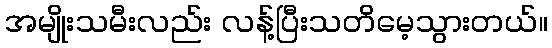
အမျိုးသမီးလည်း လန့်ပြီးသတိမေ့သွားတယ်။